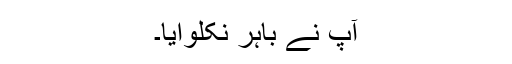
آپؐ نے باہر نکلوایا۔